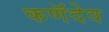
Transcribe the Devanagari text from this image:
कणॅदेव